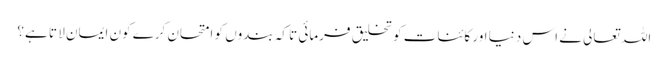
اللہ تعالی نے اس دنیا اور کائنات کو تخلیق فرمائی تا کہ بندوں کو امتحان کرے کون ایمان لا تا ہے؟